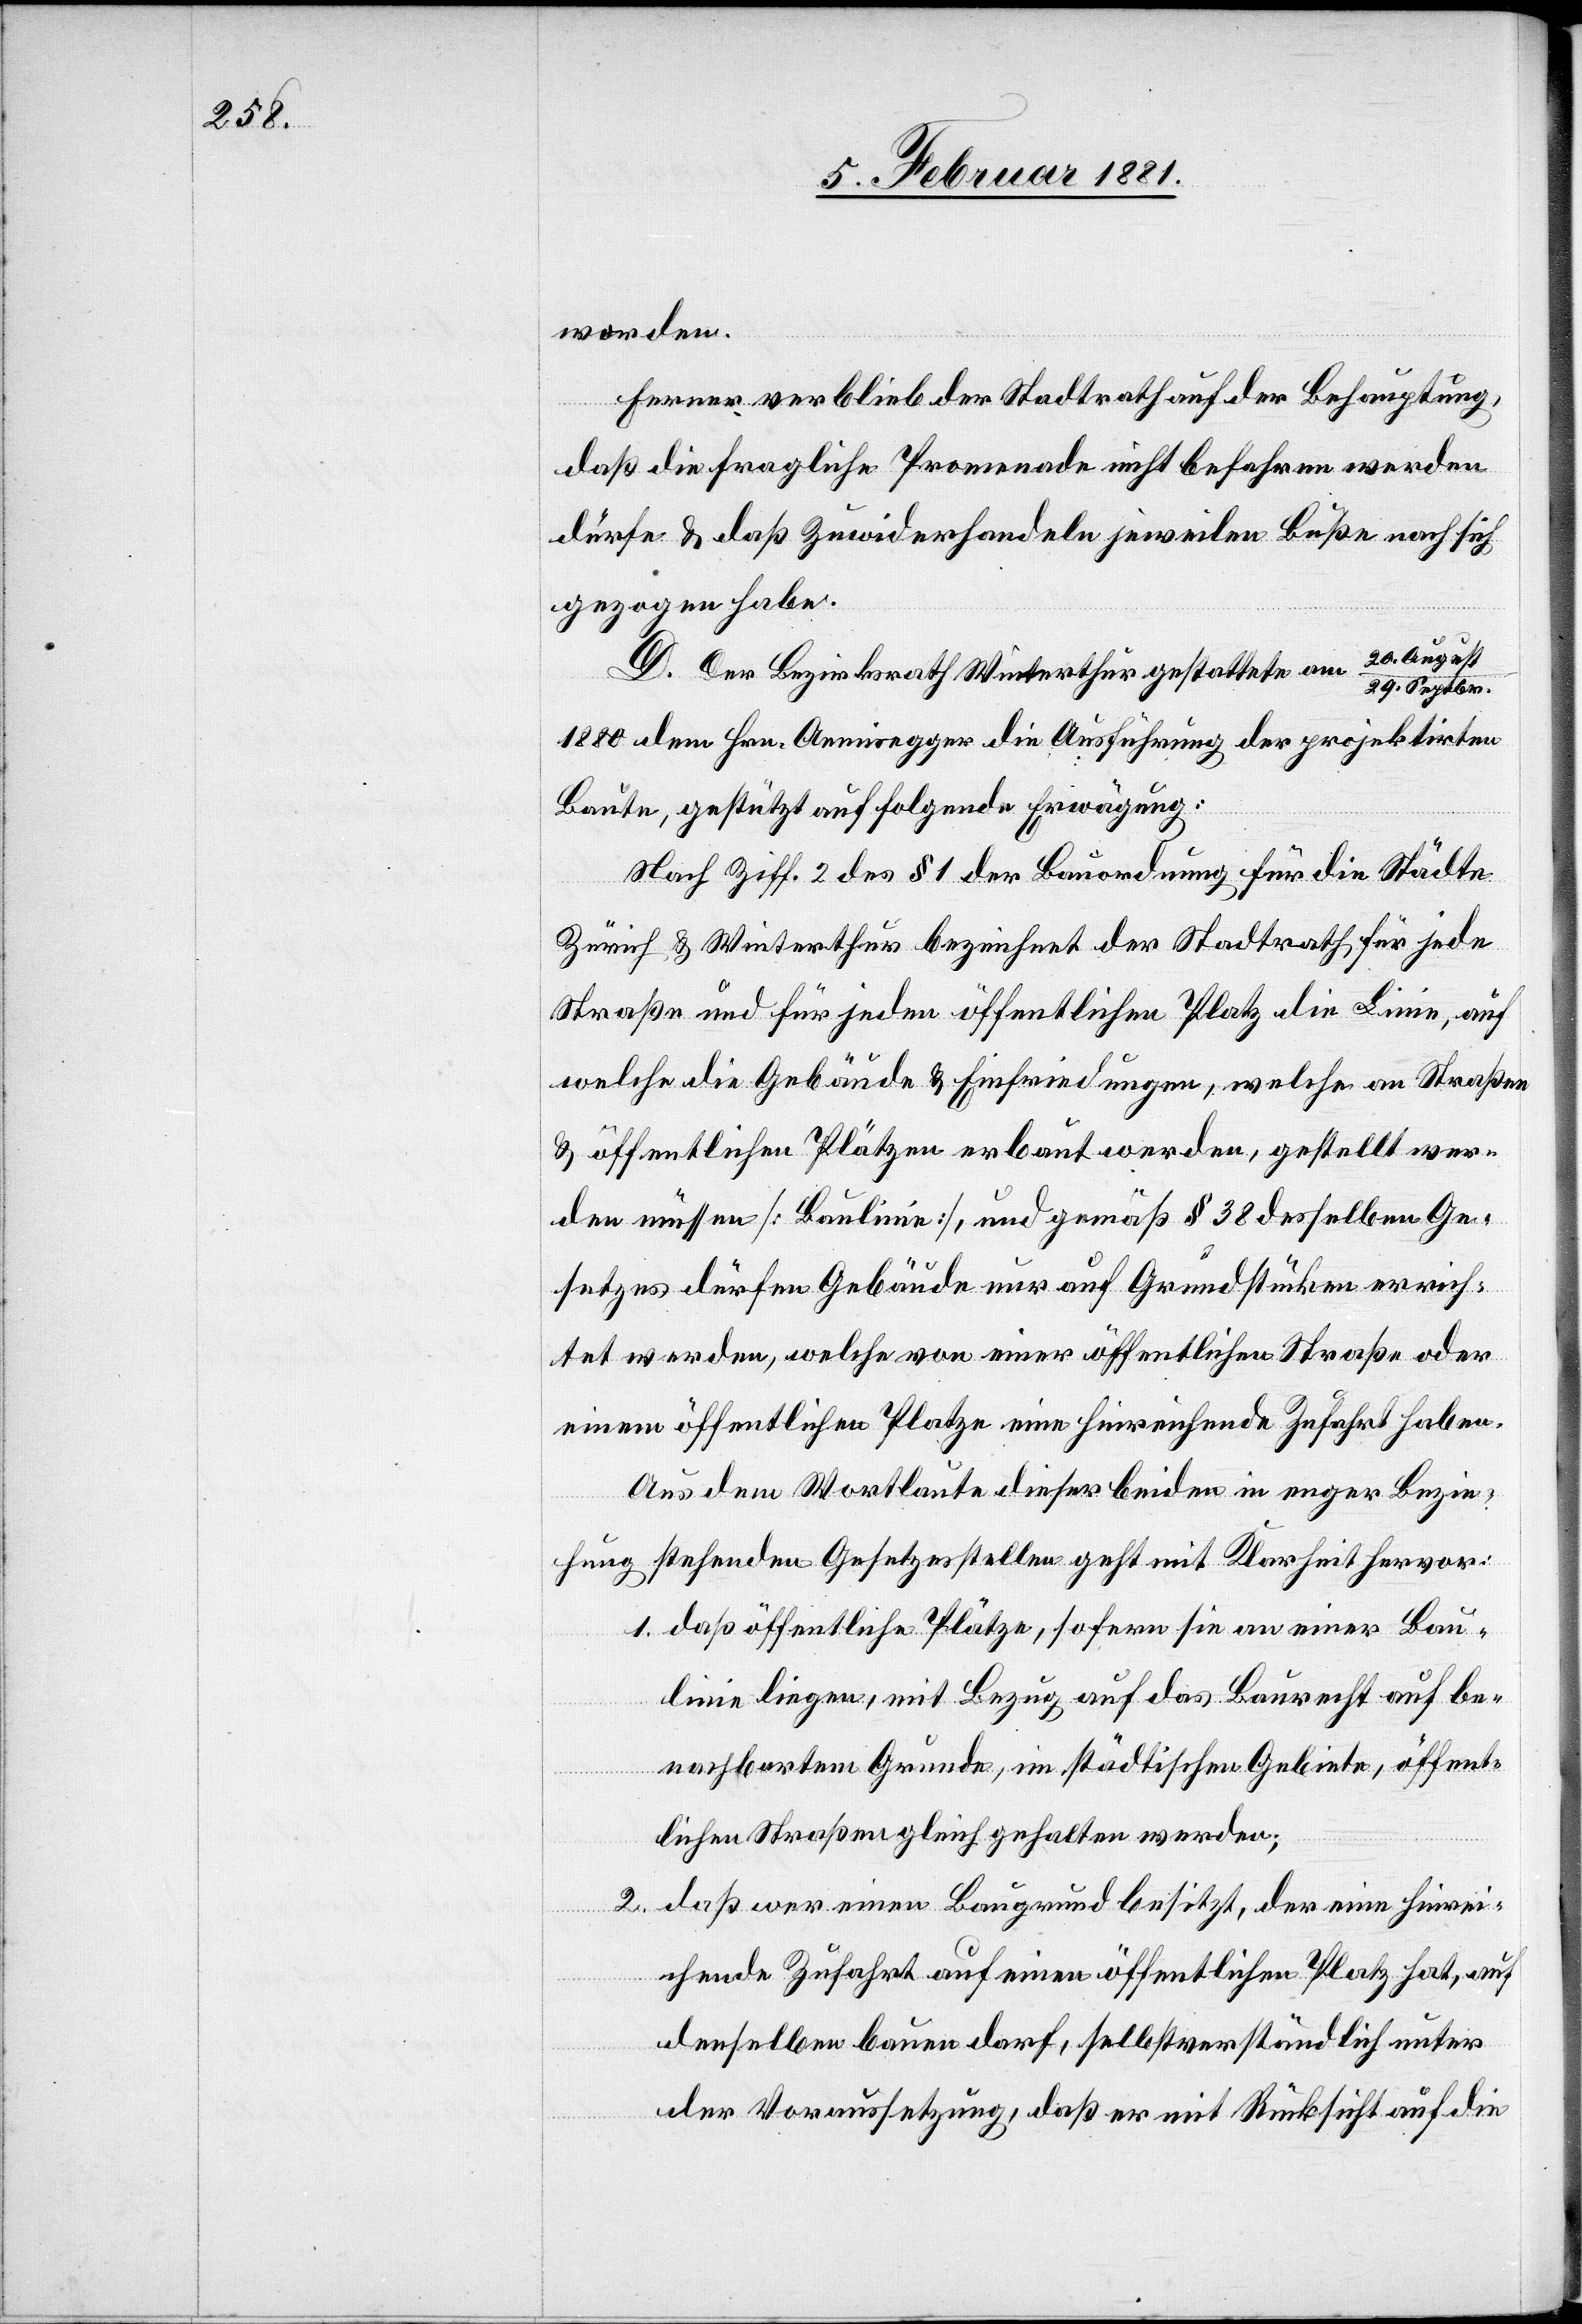
worden.
Ferner verblieb der Stadtrath auf der Behauptung,
daß die fragliche Promenade nicht befahren werden
dürfe & daß Zuwiderhandeln jeweilen Buße nach sich
gezogen habe.
20 Augus¬
D. Der Bezirksrath Winterthur gestattete am
t/29. Septbr.
1880 dem Hrn. Aemisegger die Ausführung der projektirten
Baute, gestützt auf folgende Erwägung:
Nach Ziff. 2 des § 1der Bauordnung für die Städte
Zürich & Winterthur bezeichnet der Stadtrath für jede
Straße und für jeden öffentlichen Platz die Linie, auf
welche die Gebäude & Einfriedungen, welche an Straßen
& öffentlichen Plätzen erbaut werden, gestellt wer¬
den müssen [Baulinie], und gemäß §38 desselben Ge¬
setzes dürfen Gebäude nur auf Grundstücken errich¬
tet werden, welche von einer öffentlichen Straße oder
einem öffentlichen Platze eine hinreichende Zufahrt haben.
Aus dem Wortlaute dieser beiden in enger Bezie¬
hung stehenden Gesetzesstellen geht mit Klarheit hervor:
1. das öffentliche Plätze, sofern sie an einer Bau¬
linie liegen, mit Bezug auf das Baurecht auf be¬
nachbartem Grunde, im städtischen Gebiete, öffent¬
lichen Straßen gleich gestaltet werden;
2. daß wer einen Baugrund besitzt, der eine hinrei¬
chende Zufahrt auf einen öffentlichen Platz hat, auf
denselben bauen darf, selbstverständlich unter
der Voraussetzung, daß er mit Rücksicht auf die